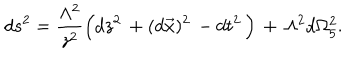
LaTeX: d s ^ { 2 } = \frac { \Lambda ^ { 2 } } { z ^ { 2 } } \Big ( d z ^ { 2 } \, + ( d \vec { x } ) ^ { 2 } \, - d t ^ { 2 } \, \Big ) \, + \, \Lambda ^ { 2 } d \Omega _ { 5 } ^ { 2 } .